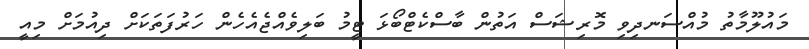
މައުލޫމާތު މުއްސަނދިވި މޮރިޝަސް އަތުން ބާސްކެޓްބޯޅަ ޓީމު ބަލިވެއްޖެއެހެން ހަރުފަތަކަށް ދިއުމަށް މިއީ